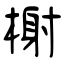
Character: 榭